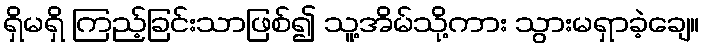
ရှိမရှိ ကြည့်ခြင်းသာဖြစ်၍ သူ့အိမ်သို့ကား သွားမရှာခဲ့ချေ။